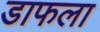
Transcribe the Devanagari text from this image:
डाफला